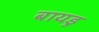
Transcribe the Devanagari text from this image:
बायडु